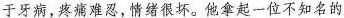
于牙病，疼痛难忍，情绪很坏。他拿起一位不知名的